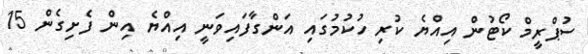
ސުޕްރީމް ކޯޓުން އިއްޔެ ކުރި ހުކުމުގައި އަންގާފައިވަނީ އިއްޔެ އިން ފެށިގެން 15